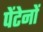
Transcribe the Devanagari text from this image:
पेंटेनों